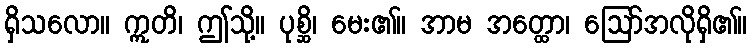
ရှိသလော။ ဣတိ၊ ဤသို့။ ပုစ္ဆိ၊ မေး၏။ အာမ အတ္ထော၊ ဩော်အလိုရှိ၏။